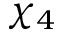
\chi _ { 4 }